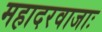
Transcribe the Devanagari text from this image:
महादरवाजाः